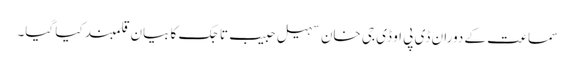
سماعت کے دوران ڈی پی او ڈی جی خان سہیل حبیب تاجک کا بیان قلمبند کیا گیا۔